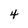
Character: 4